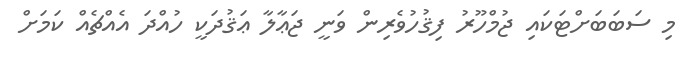
މި ސަބަބަށްޓަކައި ޖުމްހޫރު ފިޤުހުވެރިން ވަނީ ޖަޢާލާ ޢަޤުދަކީ ހުއްދަ އެއްޗެއް ކަމަށް